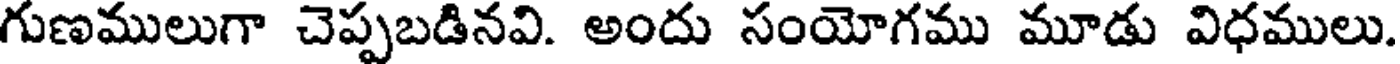
గుణములుగా చెప్పబడినవి. అందు సంయోగము మూడు విధములు.